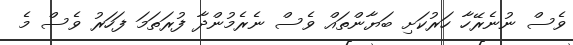
ވެސް ނުނެރޭހާ ހަރުކަށި ބަޔާންތައް ވެސް ނެރެމުންދާ ފުރަތަމަ ފަހަރު ވެސް މެ